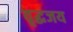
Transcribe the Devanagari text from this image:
वृद्धजय